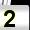
Digit: 2